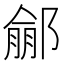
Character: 𨝙